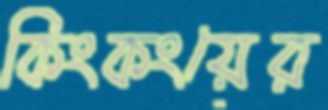
কিংকংয়ের